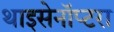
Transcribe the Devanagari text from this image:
थाइसेनॉप्टरा